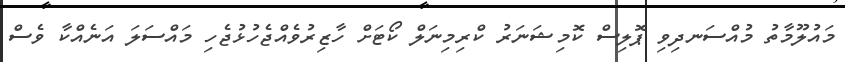
މައުލޫމާތު މުއްސަނދިވި ޕޮލިސް ކޮމިޝަނަރު ކްރިމިނަލް ކޯޓަށް ހާޒިރުވެއްޖެހުޅުޖެހި މައްސަލަ އަނެއްކާ ވެސް